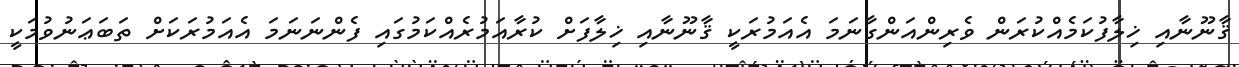
ޤާނޫނާއި ޚިލާފުކަމެއްކުރަން ވެރިންއަންގާނަމަ އެއަމުރަކީ ޤާނޫނާއި ޚިލާފަށް ކުރާއަމުރެއްކަމުގައި ފެންނަނަމަ އެއަމުރަކަށް ތަބަޢަނުވުމަކީ